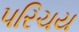
૫રિચય